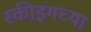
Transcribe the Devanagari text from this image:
स्कीइंगच्या